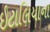
ઇટાલિયાના